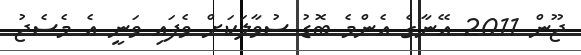
ޖޫން 2011 އޭނާގެ އެންމެ ބޮޑު ސުވާލަކަށް ވެފައި ވަނީ އެ މެސެޖު